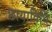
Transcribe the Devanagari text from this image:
छायाविधि